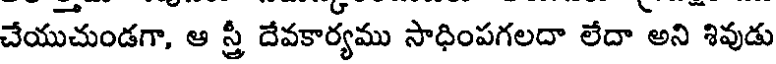
చేయుచుండగా, ఆ స్త్రీ దేవకార్యము సాధింపగలదా లేదా అని శివుడు